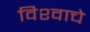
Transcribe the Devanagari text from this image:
विश्‍वाचे